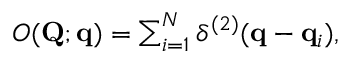
\begin{array} { r } { O ( \mathbf { Q } ; \mathbf { q } ) = \sum _ { i = 1 } ^ { N } \delta ^ { ( 2 ) } ( \mathbf { q } - \mathbf { q } _ { i } ) , } \end{array}